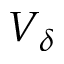
V _ { \delta }